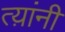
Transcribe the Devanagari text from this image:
त्य़ांनी